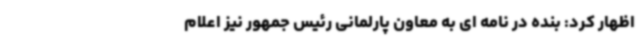
اظهار کرد: بنده در نامه ای به معاون پارلمانی رئیس جمهور نیز اعلام